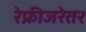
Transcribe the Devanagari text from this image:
रेफ्रीजरेतर